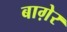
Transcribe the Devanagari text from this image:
बाग़ेर